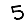
Digit: 5